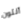
أنتون